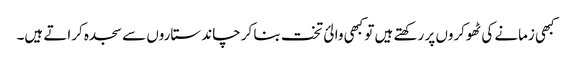
کبھی زمانے کی ٹھوکروں پر رکھتے ہیں تو کبھی والئ تخت بنا کر چاند ستاروں سے سجدہ کراتے ہیں۔